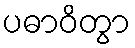
ပဓာဝိတွာ